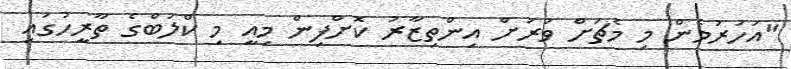
"އަހަރުމެން މި މެޗަށް ވަރަށް އިންތިޒާރު ކޮށްފިން މިއީ މި ކްލަބްގެ ތާރީހުގައި